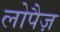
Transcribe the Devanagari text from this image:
लोपैज़